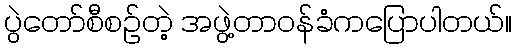
ပွဲတော်စီစဉ်တဲ့ အဖွဲ့တာဝန်ခံကပြောပါတယ်။